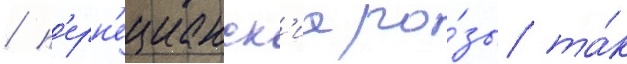
/ п'ерн'ецианск'ие ро́зы та́к